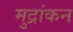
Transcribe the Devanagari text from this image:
मुद्रांकन